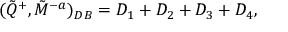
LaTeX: ( \tilde { Q } ^ { + } , \tilde { M } ^ { - a } ) _ { D B } = D _ { 1 } + D _ { 2 } + D _ { 3 } + D _ { 4 } ,